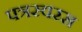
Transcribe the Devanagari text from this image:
पत्रस्वरस